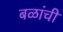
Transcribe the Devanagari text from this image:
बळांची